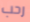
رحب